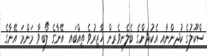
ސްކޫލުގެ ކުދިންނާއި އެކުދިންގެ ބެލެނިވެރިން ހާޒިރުވެ ތިއްބައި އޭނާގެ ލޯބިވާ މަންމަ އޭނާގެ